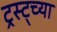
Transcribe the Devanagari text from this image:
ट्रस्ट्च्या